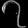
Digit: ၇